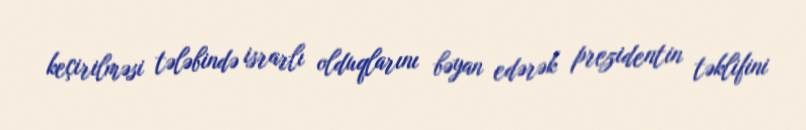
keçirilməsi tələbində israrlı olduqlarını bəyan edərək prezidentin təklifini